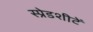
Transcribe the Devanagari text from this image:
स्प्रेडशीटें